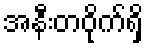
အနီးတဝိုက်ရှိ